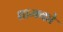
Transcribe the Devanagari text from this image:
धामको